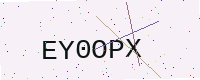
Text: EY0OPX